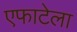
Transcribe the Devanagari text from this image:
एफाटेला